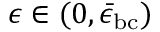
\epsilon \in ( 0 , \bar { \epsilon } _ { \mathrm { b c } } )